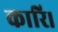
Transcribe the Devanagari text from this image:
कारि।